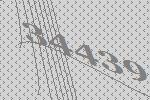
34439